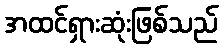
အထင်ရှားဆုံးဖြစ်သည်